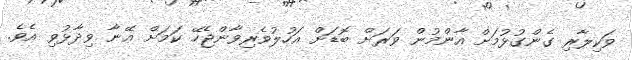
ވަކިލާރި ގެންގުޅުމަށް އާންމުން ވަރަށް ބޮޑަށް އަހުލުވެރިވާންޖެހޭ ކަމަށް އޭނާ ވިދާޅުވި އެވެ.